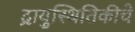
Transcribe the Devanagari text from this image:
द्रायुस्थितिकीचे